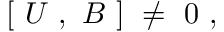
[ \ U \ , \ B \ ] \ \ne \ 0 \ ,